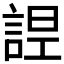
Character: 𧨤